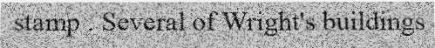
stamp . Several of Wright's buildings